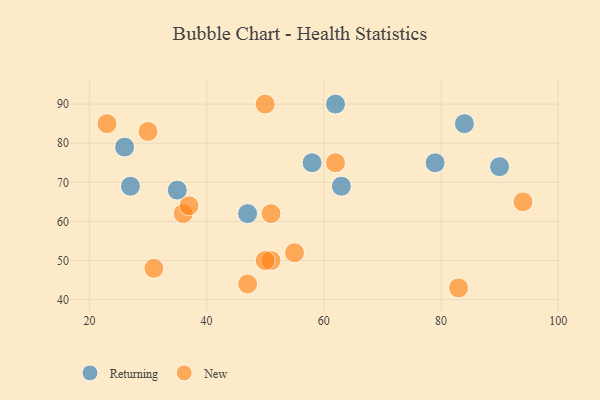
{"axis": {"x": "GDP", "y": "Life Expectancy"}, "legend": ["New", "Returning"], "data": [{"x": "47", "y": 62, "type": "Returning"}, {"x": "63", "y": 69, "type": "Returning"}, {"x": "90", "y": 74, "type": "Returning"}, {"x": "26", "y": 79, "type": "Returning"}, {"x": "84", "y": 85, "type": "Returning"}, {"x": "35", "y": 68, "type": "Returning"}, {"x": "79", "y": 75, "type": "Returning"}, {"x": "62", "y": 90, "type": "Returning"}, {"x": "58", "y": 75, "type": "Returning"}, {"x": "27", "y": 69, "type": "Returning"}, {"x": "62", "y": 75, "type": "New"}, {"x": "83", "y": 43, "type": "New"}, {"x": "51", "y": 50, "type": "New"}, {"x": "55", "y": 52, "type": "New"}, {"x": "50", "y": 90, "type": "New"}, {"x": "51", "y": 62, "type": "New"}, {"x": "36", "y": 62, "type": "New"}, {"x": "30", "y": 83, "type": "New"}, {"x": "31", "y": 48, "type": "New"}, {"x": "94", "y": 65, "type": "New"}, {"x": "50", "y": 50, "type": "New"}, {"x": "37", "y": 64, "type": "New"}, {"x": "23", "y": 85, "type": "New"}, {"x": "47", "y": 44, "type": "New"}]}